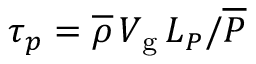
\tau _ { p } = \overline { { \rho } } \, V _ { \mathrm { g } } \, L _ { P } / \overline { { P } }